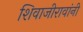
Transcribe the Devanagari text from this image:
शिवाजीरावांनी